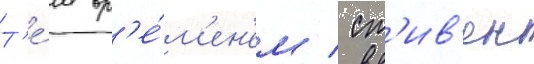
Т'е́м вр'е́м'ен'ем / ст'ив'ен